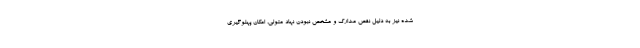
شده نیز به دلیل نقص مدارک و مشخص نبودن نهاد متولی، امکان پهلوگیری